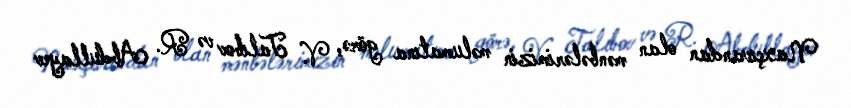
Naxçıvandan olan mənbələrimizin məlumatına görə, V. Talıbov və R. Abdullayev